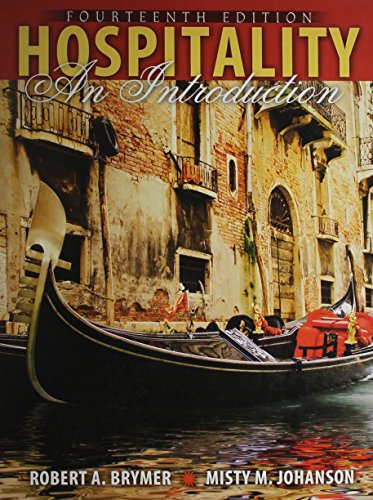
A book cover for Hospitality: An Introduction; ROBERT A BRYMER; Politics & Social Sciences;